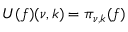
U ( f ) ( \nu , k ) = \pi _ { \nu , k } ( f )